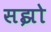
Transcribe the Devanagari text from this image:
सझो